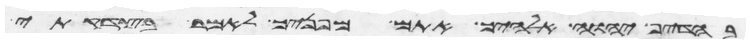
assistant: בהדיף יהוה אלהיך אתם מפניך לאמר בצדקתי